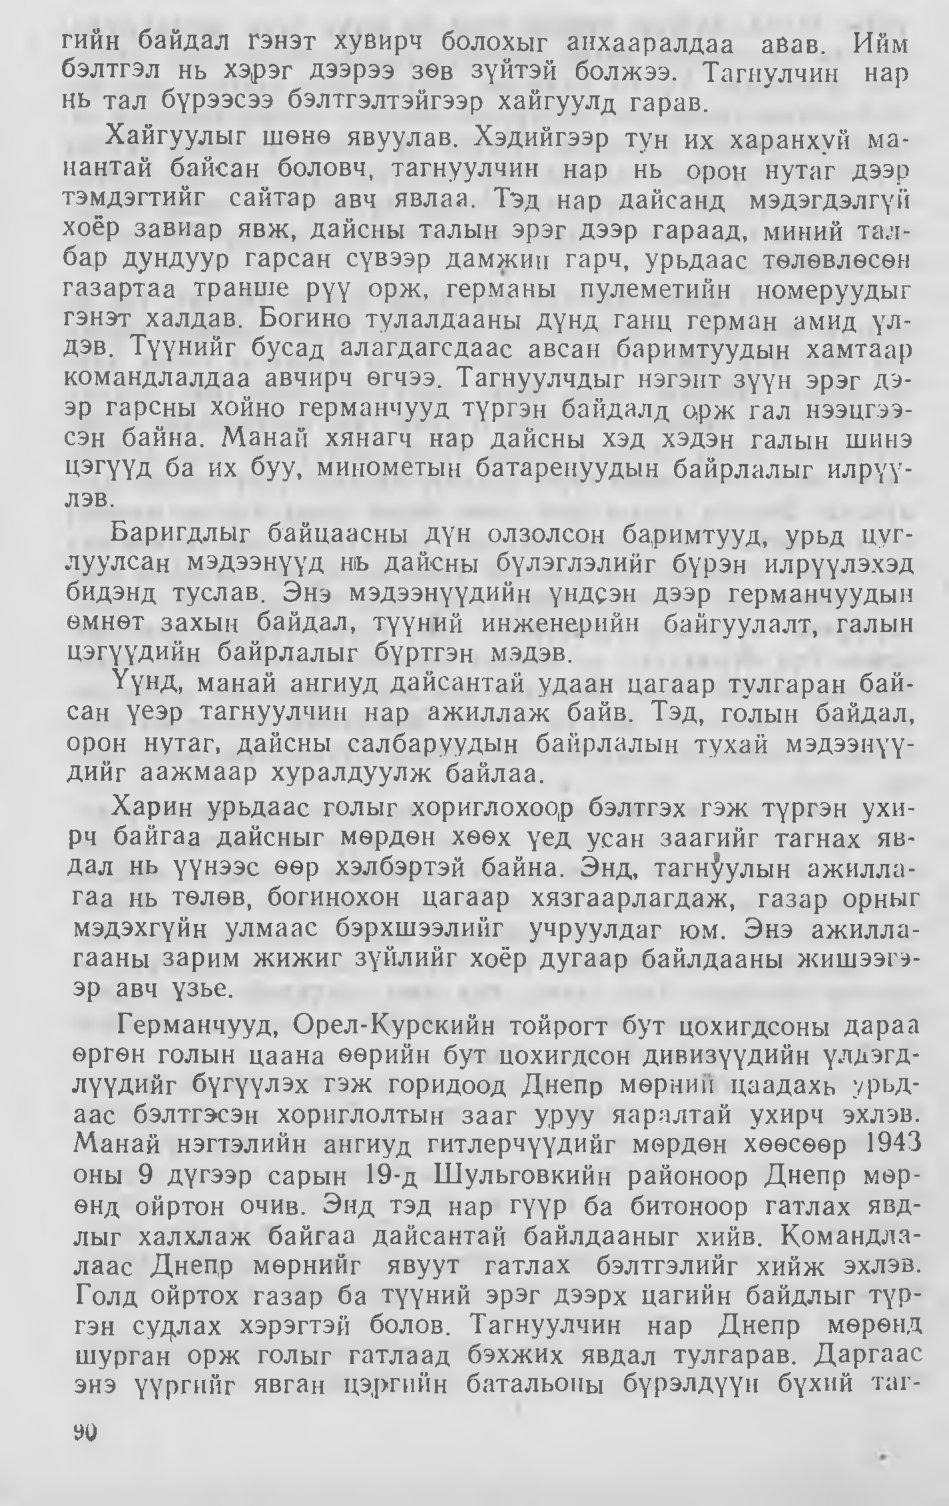
Language: mn